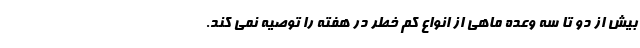
بیش از دو تا سه وعده ماهی از انواع کم خطر در هفته را توصیه نمی کند.